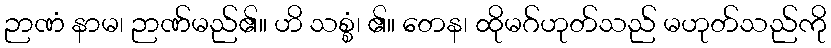
ဉာဏံ နာမ၊ ဉာဏ်မည်၏။ ဟိ သစ္စံ၊ ၏။ တေန၊ ထိုမဂ်ဟုတ်သည် မဟုတ်သည်ကို